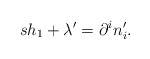
\begin{align*}sh_{1}+\lambda ^{\prime }=\partial ^{i}n_{i}^{\prime }. \end{align*}